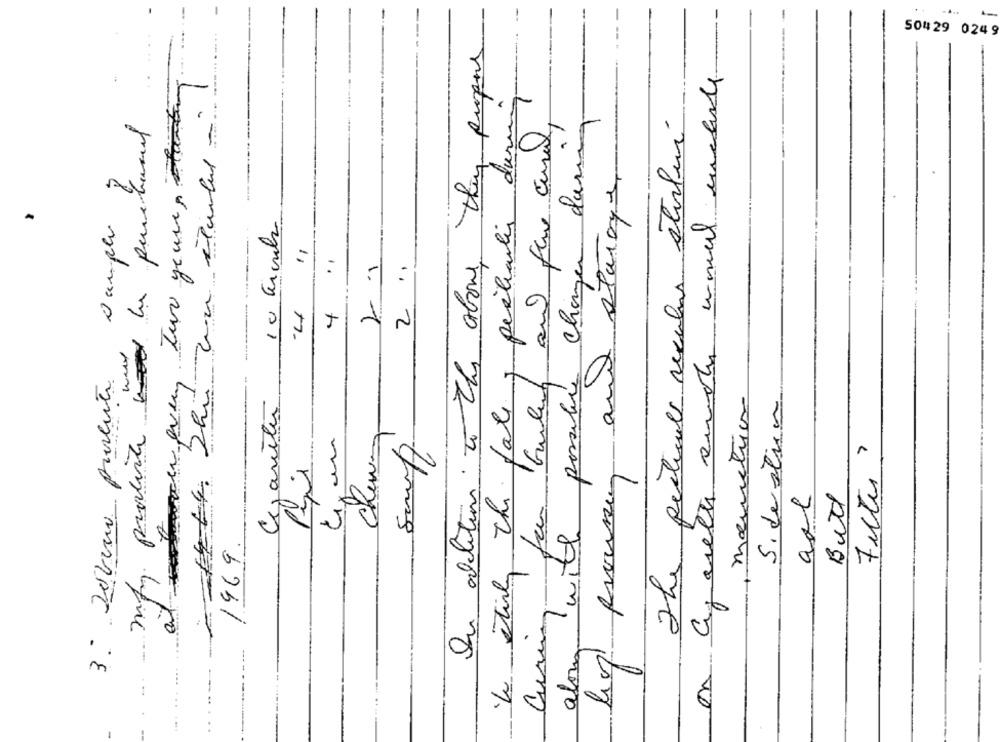
50429 0249
In addition to the above they propens
le itinly the fate , particulier during
Lau quen tur years stan
The particule reculer starluí
Twith possible changer during
Guten and five Gural
and storage
Dample
10 Grond
2 .,
: 1
4
4
3- Deveria proventi
Cejanete
momentios
Si destun
Chewing
livs prouser
Filtes
Bad
a
1969.
along ?